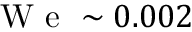
\mathrm { ~ W ~ e ~ } \sim 0 . 0 0 2